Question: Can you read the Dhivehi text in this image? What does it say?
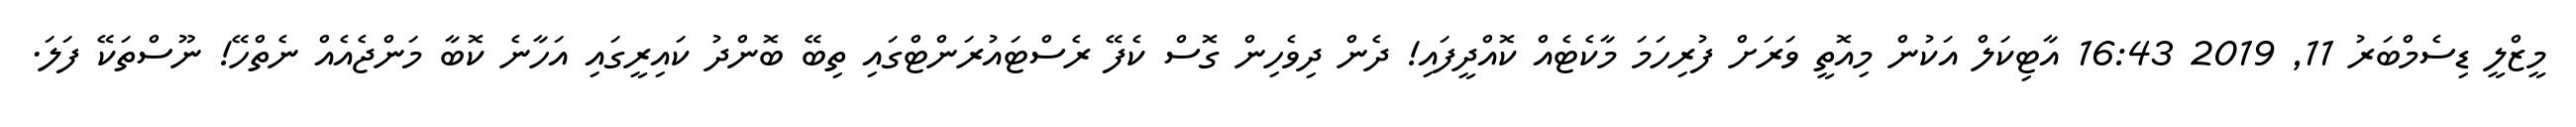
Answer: މީޒްލީ ޑިސެމްބަރު 11, 2019 16:43 އާޓިކަލް އަކުން މިއޮތީ ވަރަށް ފުރިހަމަ މާކެޓެއް ކޮއްދީފައި! ދެން ދިވެހިން ގޮސް ކެފޭ ރެސްޓައުރަންޓްގައި ތިބޭ ބޮންދު ކައިރީގައި އަހާނެ ކޮބާ މަންޖެއެއް ނެތްހޭ! ނޫސްތަކޭ ފަލަ.